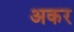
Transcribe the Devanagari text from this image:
अकर